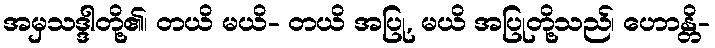
အမှသဒ္ဒါတို့၏၊ တယိ မယိ- တယိ အပြု, မယိ အပြုတို့သည်၊ ဟောန္တိ-